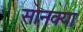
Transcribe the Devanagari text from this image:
सानक्या